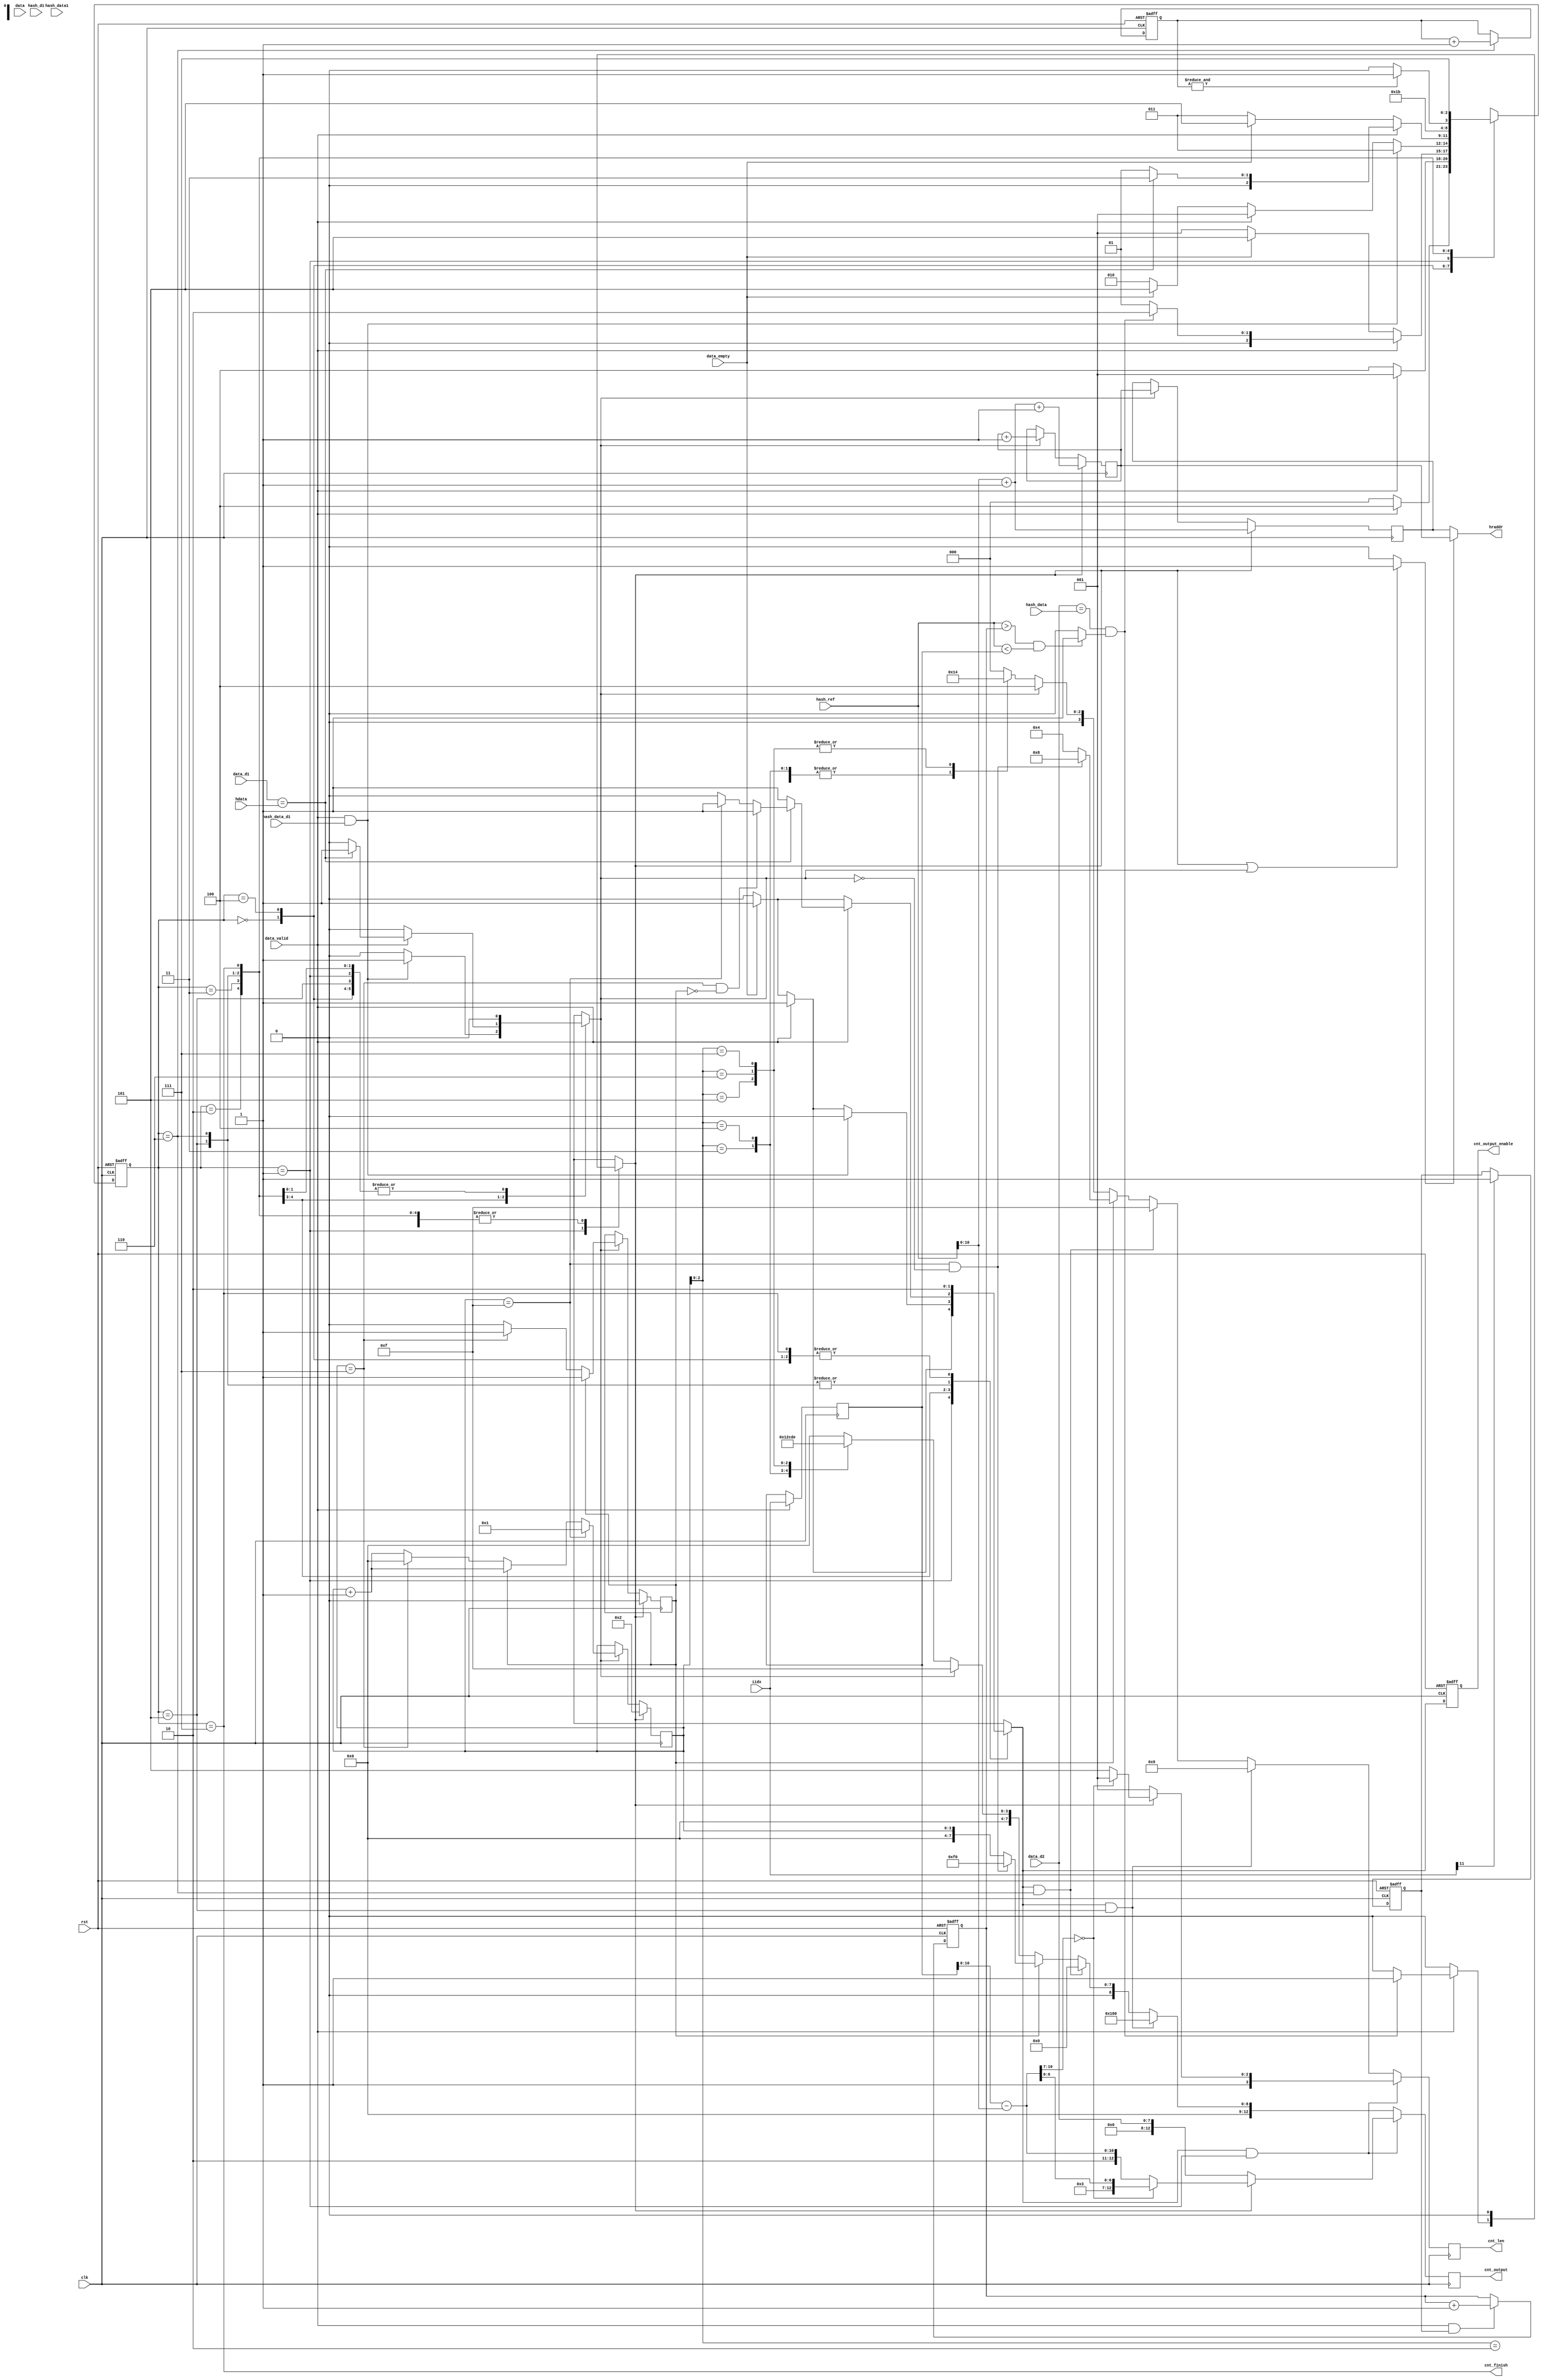
/******************************************************************************
 *     Version :  0.1
 *  Description:  encode control module
 * Dependencies:
 *
 *
 *      Company:  Beijing Soul
 *
 *          BUG: 
 *
 *****************************************************************************/
module encode_ctl(/*AUTOARG*/
   // Outputs
   hraddr, cnt_output_enable, cnt_len, cnt_output,
   cnt_finish,
   // Inputs
   clk, rst, data_valid, data_empty, hash_data, hash_data1,
   data_d1, data_d2, hash_ref, iidx, hdata, data, hash_d1,
   hash_data_d1
   );
   parameter LZF_WIDTH = 20;

   input     clk, rst;
   input     data_valid;
   input     data_empty;
   
   input [7:0] hash_data, hash_data1, data_d1, data_d2;
   input [LZF_WIDTH-1:0] hash_ref, iidx;
   
   input [7:0] 		 hdata, data, hash_d1;
   output [10:0] 	 hraddr;
   input 		 hash_data_d1;
   
   /*AUTOREG*/

   reg 			off_valid;
   reg 			iidx_window;
   always @(posedge clk or posedge rst)
     begin
	if (rst)
	  iidx_window <= #1 0;
	else if (iidx[11]) /* 2048 */
	  iidx_window <= #1 1;
     end
   
   reg [LZF_WIDTH-1:0] 	min_off, max_off;
   always @(posedge clk or posedge rst)
     begin
	if (rst)
	  min_off <= #1 0;
	else if (data_valid && iidx_window)
	  min_off <= #1 min_off + 1;
     end

   always @(posedge clk)
     begin
	if (data_valid)
	  max_off <= #1 iidx;
     end
   
   always @(/*AS*/hash_ref or max_off or min_off)
     begin
	if (hash_ref > min_off && hash_ref < max_off)
	  off_valid = 1;
	else
	  off_valid = 0;
     end

   reg [10:0] off;
   always @(/*AS*/hash_ref or max_off)
     begin
	off = max_off - hash_ref;
     end
   
   parameter [2:0]
		S_IDLE   = 3'h0,
		S_SEARCH = 3'h1,
		S_TR     = 3'h2,
		S_MATCH  = 3'h3,
		S_DELAY  = 3'h4,
		S_END    = 3'h5,
		S_DONE   = 3'h6,
		S_STOP   = 3'h7;

   reg [2:0] 	  state, state_next;
   always @(posedge clk or posedge rst)
     begin
	if (rst)
	  state <= #1 S_IDLE;
	else
	  state <= #1 state_next;
     end

   reg [3:0] cnt, cnt_next;
   always @(posedge clk)
     begin
	  cnt <= #1 cnt_next;
     end

   reg cnt_count, cnt_load;
   reg rallow;
   reg [10:0] raddr_plus_one;
   reg [10:0] raddr_reg;
   
   assign hraddr = rallow ? raddr_plus_one : raddr_reg;
   
   always @(/*AS*/cnt_count or cnt_load)
     begin
	if (cnt_load || cnt_count)
	  rallow = 1;
	else
	  rallow = 0;
     end

   reg [LZF_WIDTH-1:0] hash_ref_plus_one;
   always @(/*AS*/hash_ref)
     hash_ref_plus_one = hash_ref + 1'b1;
   
   always @(posedge clk)
     begin
	if (cnt_load)
	  raddr_plus_one <= #1 hash_ref_plus_one + 1'b1;
	else if (cnt_count)
	  raddr_plus_one <= #1 raddr_plus_one + 1'b1;
     end

   always @(posedge clk)
     begin
	if (cnt_load)
	  raddr_reg <= #1 hash_ref_plus_one;
	else if (cnt_count)
	  raddr_reg <= #1 raddr_plus_one;
     end
   
   reg cnt_big7, cnt_big7_next;
   always @(posedge clk)
     begin
	  cnt_big7 <= #1 cnt_big7_next;
     end
   

   always @(/*AS*/cnt or cnt_big7 or cnt_count or cnt_load)
     begin
	cnt_next = 0;
	cnt_big7_next = 0;
	
	if (cnt_load) begin
	   cnt_next = 2;
	   cnt_big7_next = 0;
	end else if (cnt_count) begin
	   cnt_next = cnt + 1;
	   if (cnt_big7 == 0) begin
	      if (cnt == 4'h7) begin
		 cnt_big7_next = 1;
		 cnt_next = 0;
	      end else
		cnt_big7_next = 0;
	   end else begin
	      cnt_big7_next = 1;
	   end
	   if (cnt == 4'hf)
	     cnt_next = 1;
	end else begin
	   cnt_next = cnt;
	   cnt_big7_next = cnt_big7;
	end
     end // always @ (...

   output cnt_output_enable;
   output [3:0] cnt_len;
   output [12:0] cnt_output;
   output 	 cnt_finish;

   reg [2:0] 	 dummy_cnt;
   always @(posedge clk or posedge rst)
     begin
	if (rst)
	  dummy_cnt <= #1 0;
	else if (state == S_DONE)
	  dummy_cnt <= #1 dummy_cnt + 1'b1;
     end
   
   reg 		 cnt_finish;
   reg 		 cnt_output_enable, cnt_output_enable_next;
   reg [12:0] 	 cnt_output, cnt_output_next;
   reg [3:0] 	 cnt_len, cnt_len_next;
   
   always @(/*AS*/cnt or cnt_big7 or data_d1 or data_d2
	    or data_empty or data_valid or dummy_cnt
	    or hash_data or hash_data_d1 or hdata
	    or off_valid or state)
     begin
	state_next = S_IDLE;         // state
	cnt_output_enable_next = 0;  // will output the length data
	cnt_load = 0;
	cnt_count = 0;

	case (state)
	  S_IDLE: begin
	     if (data_valid) 
	       state_next = S_DELAY;
	     else
	       state_next = S_IDLE;
	  end

	  S_DELAY: begin
	     if (data_valid) 
	       state_next = S_SEARCH;
	     else
	       state_next = S_DELAY;
	  end
	  
	  S_SEARCH: begin /* cmp d2 with hash data */
	     if (data_valid) begin
		if (data_d2 == hash_data && off_valid) begin
		   state_next = S_TR;
		   cnt_load = 1;
		   cnt_output_enable_next = 1;
		end else begin
		   cnt_output_enable_next = 1;
		   state_next = S_SEARCH;
		end
	     end else if (data_empty) begin
		cnt_output_enable_next = 1;
		state_next = S_END;
	     end else
	       state_next = S_SEARCH;
	  end // case: S_SEARCH
	  
	  S_TR: begin // driver the history memory 
	     if (data_valid && hash_data_d1) begin
		cnt_count = 1;
		state_next = S_MATCH;
	     end else if (data_valid) begin
		state_next = S_SEARCH;
		cnt_output_enable_next = 1;
	     end else if (data_empty) begin
		cnt_output_enable_next = 1;
		state_next = S_END;
	     end else begin
		state_next = S_TR;
	     end
	  end
	  
	  S_MATCH: begin /* cmp d2 with history */
	     if (data_valid) begin
		if (data_d1 == hdata) begin
		   state_next = S_MATCH;
		   cnt_count = 1;
		   if (cnt == 4'h7 && cnt_big7 == 0)
		     cnt_output_enable_next = 1;
		   else if (cnt == 4'hf)
		     cnt_output_enable_next = 1;
		end else begin // if (prev_data == history_do)
		   state_next = S_SEARCH;
		   cnt_output_enable_next = 1;
		end
	     end else if (data_empty) begin // if (stream_valid)
		state_next = S_END;
		cnt_output_enable_next = 1;
	     end else 
		state_next = S_MATCH;
	  end // case: S_MATCH
	  
	  S_END: begin /* output end mark */
	     state_next = S_DONE;
	     cnt_output_enable_next = 1;
	  end

	  S_DONE: begin /* output fake data */
	     state_next = S_DONE;
	     cnt_output_enable_next = 1;
	     if (&dummy_cnt) /* 4 X F = 64 */
	       state_next = S_STOP;
	  end

	  S_STOP: begin
	     state_next = S_STOP;
	  end
	endcase // case(state)
     end // always @ (...

   always @(posedge clk)
     begin
	cnt_output <= #1 cnt_output_next;
	cnt_len    <= #1 cnt_len_next;
     end
   
   always @(posedge clk or posedge rst)
     begin
	if (rst)
	  cnt_output_enable <= #1 0;
	else
	  cnt_output_enable <= #1 cnt_output_enable_next;
     end

   always @(/*AS*/state)
     cnt_finish = state == S_STOP;
   
   /* state == S_SEARCH lit char with offset */
   reg [3:0] encode_len_s;
   reg [12:0] encode_data_s;
   /* state == S_MATCH */
   reg [3:0]  encode_len_m;
   reg [12:0] encode_data_m;
   /* length package */
   reg [3:0]  encode_len;
   reg [12:0] encode_data;
   
   always @(/*AS*/cnt_output_enable_next or encode_data_m
	    or encode_data_s or encode_len_m or encode_len_s
	    or state)
     begin
	cnt_output_next = 0;
	cnt_len_next= 0;
	
	if (cnt_output_enable_next && state == S_SEARCH) begin
	   /* output offset and liter data */
	   cnt_output_next = encode_data_s;
	   cnt_len_next = encode_len_s;
	end else if (cnt_output_enable_next && state == S_END) begin
	   /* output end marker */
	   cnt_output_next = 9'b110000000;
	   cnt_len_next    = 4'h9;
	end else if (cnt_output_enable_next && state == S_DONE) begin
	   /* output flush data */
	   cnt_output_next = 9'b000000000;
	   cnt_len_next    = 4'hf;
	end else begin
	   cnt_output_next = encode_data_m;
	   cnt_len_next = encode_len_m;
	end
     end // always @ (...
   
   always @(/*AS*/cnt or cnt_big7 or cnt_count
	    or encode_data or encode_len)
     begin
	if (cnt_big7 == 0) begin
	   if (cnt_count) begin
	      encode_data_m = 4'hf;
	      encode_len_m = 4'h4;
	   end else begin
	      encode_data_m = encode_data;
	      encode_len_m = encode_len;
	   end
	end else begin
	   if (cnt == 4'hf && cnt_count == 0) begin
	      encode_data_m = {4'hf, 4'h0};
	      encode_len_m = 4'h8;
	   end else begin
	      encode_data_m = cnt;
	      encode_len_m = 4'h4;
	   end
	end // else: !if(cnt_big7 == 0)
     end
   
   always @(/*AS*/cnt_load or data_d2 or off)
     begin
	encode_len_s = 0;
	encode_data_s = 0;

	if (cnt_load) begin /* offset */
	   if (off[10:07] == 0) begin /* < 128 */
	      encode_len_s = 4'h9;
	      encode_data_s = {2'b11, off[6:0]};
	   end else begin
	      encode_len_s = 4'hd;
	      encode_data_s = {2'b10, off[10:0]};
	   end
	end else begin
	   encode_len_s = 4'h9;
	   encode_data_s = data_d2;
	end // else: !if(cnt_load)
     end
   
   always @(/*AS*/cnt)
     begin
	encode_len = 0;
	encode_data = 0;
	
	case (cnt[2:0])
	  3'h2: {encode_data, encode_len} = {2'b00, 4'h2};
	  3'h3: {encode_data, encode_len} = {2'b01, 4'h2};
	  3'h4: {encode_data, encode_len} = {2'b10, 4'h2};
	  3'h5: {encode_data, encode_len} = {2'b11, 2'b00, 4'h4};
	  3'h6: {encode_data, encode_len} = {2'b11, 2'b01, 4'h4};
	  3'h7: {encode_data, encode_len} = {2'b11, 2'b10, 4'h4};
	endcase
     end // always @ (...
   
   /* 
    * cnt_output_enable
    * cnt_big7
    * cnt
    * 
    *   big7  finish 
    *    0     1      <= 7 output encode(data/_len)
    *    1     1      >  7 output 4 bit cnt
    *    1     0      if big7==0 && cnt==7+1 output 4'hf and set big7=1
    *                 then big7==1 && cnt=4'hf output 4'hf
    * 
    */
endmodule // encode_ctl
// Local Variables:
// verilog-library-directories:("." "../../../../common/" "../../encode/src" "../../encode_ctl/src/" "../../encode_out/src/" "../../encode_dp/src/")
// verilog-library-files:("")
// verilog-library-extensions:(".v" ".h")
// End: